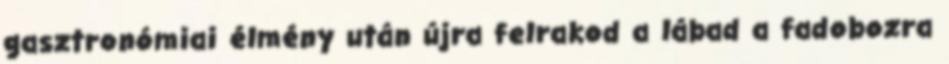
gasztronómiai élmény után újra felrakod a lábad a fadobozra